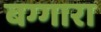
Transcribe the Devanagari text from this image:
बग्गारा